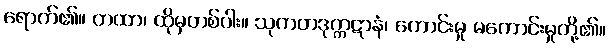
ရောက်၏။ တထာ၊ ထိုမှတစ်ပါး။ သုကတဒုက္ကဋာနံ၊ ကောင်းမှု မကောင်းမှုတို့၏။